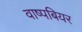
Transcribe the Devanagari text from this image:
वाष्पबियर